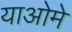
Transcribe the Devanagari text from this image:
याओमे